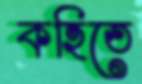
কহিতে